Leaving Certificate Examination, 1909
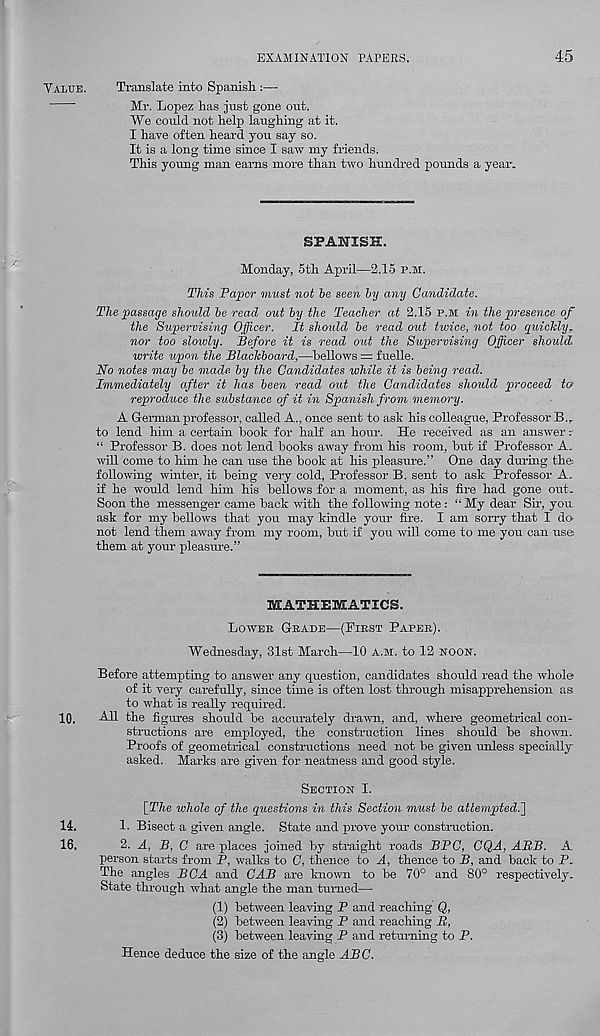
EXAMINATION PAPERS.
45
Yaiaje.
10.
14.
16.
Translate into Spanish :—
Mr. Lopez has just gone out.
We could not help laughing at it.
I have often heard you say so.
It is a long time since I saw my friends.
This young man earns more than two hundred pounds a year.
SPANISH.
Monday, 5th April—2.15 p.m.
This Paptyr must not he seen hy any Candidate.
The passage should he read out by the Teacher at 2.15 P.M in the presence of
the Supervising Officer. It should he read out twice, not too quiclcly.
nor too slowly. Before it is read out the Supervising Officer should,
write upon the Blackboard,—hellows = fuelle.
No notes may he made, hy the Candidates while it is being read.
Immediately after it has been read out the Candidates should proceed to
reproduce the substance of it in Spanish from memory.
A German professor, called A., once sent to ask his colleague, Professor B. r
to lend him a certain book for half an hour. He received as an answer r
“ Professor B. does not lend books away from his room, but if Professor A.
will come to him he can use the book at his pleasure.” One day during the
following winter, it being very cold, Professor B. sent to ask Professor A.
if he would lend him his bellows for a moment, as his fire had gone out.
Soon the messenger came back with the following note : “ My dear Sir, you
ask for my bellows that you may kindle your fire. I am sorry that I do
not lend them away from my room, but if you will come to me you can use
them at your pleasure.”
MATHEMATICS.
Lower Grade—(First Paper).
Wednesday, 31st March—10 a.m. to 12 noon.
Before attempting to answer any question, candidates should read the whole
of it very carefully, since time is often lost through misapprehension as
to what is really required.
All the figures should be accurately drawn, and, where geometrical con-
structions are employed, the construction lines should be shown.
Proofs of geometrical constructions need not be given unless specially-
asked. Marks are given for neatness and good style.
Section I.
[The whole of the questions in this Section must be attempted.']
1. Bisect a given angle. State and prove your construction.
2. A, B, C are places joined by straight roads BBC, CQA, ABB. A
person starts from P, walks to C, thence to A, thence to B, and back to P.
The angles BCA and CAB are known to be 70° and 80° respectively.
State through what angle the man turned—
(1) between leaving P and reaching Q,
(2) between leaving P and reaching B,
(3) between leaving P and returning to P.
Hence deduce the size of the angle ABC.